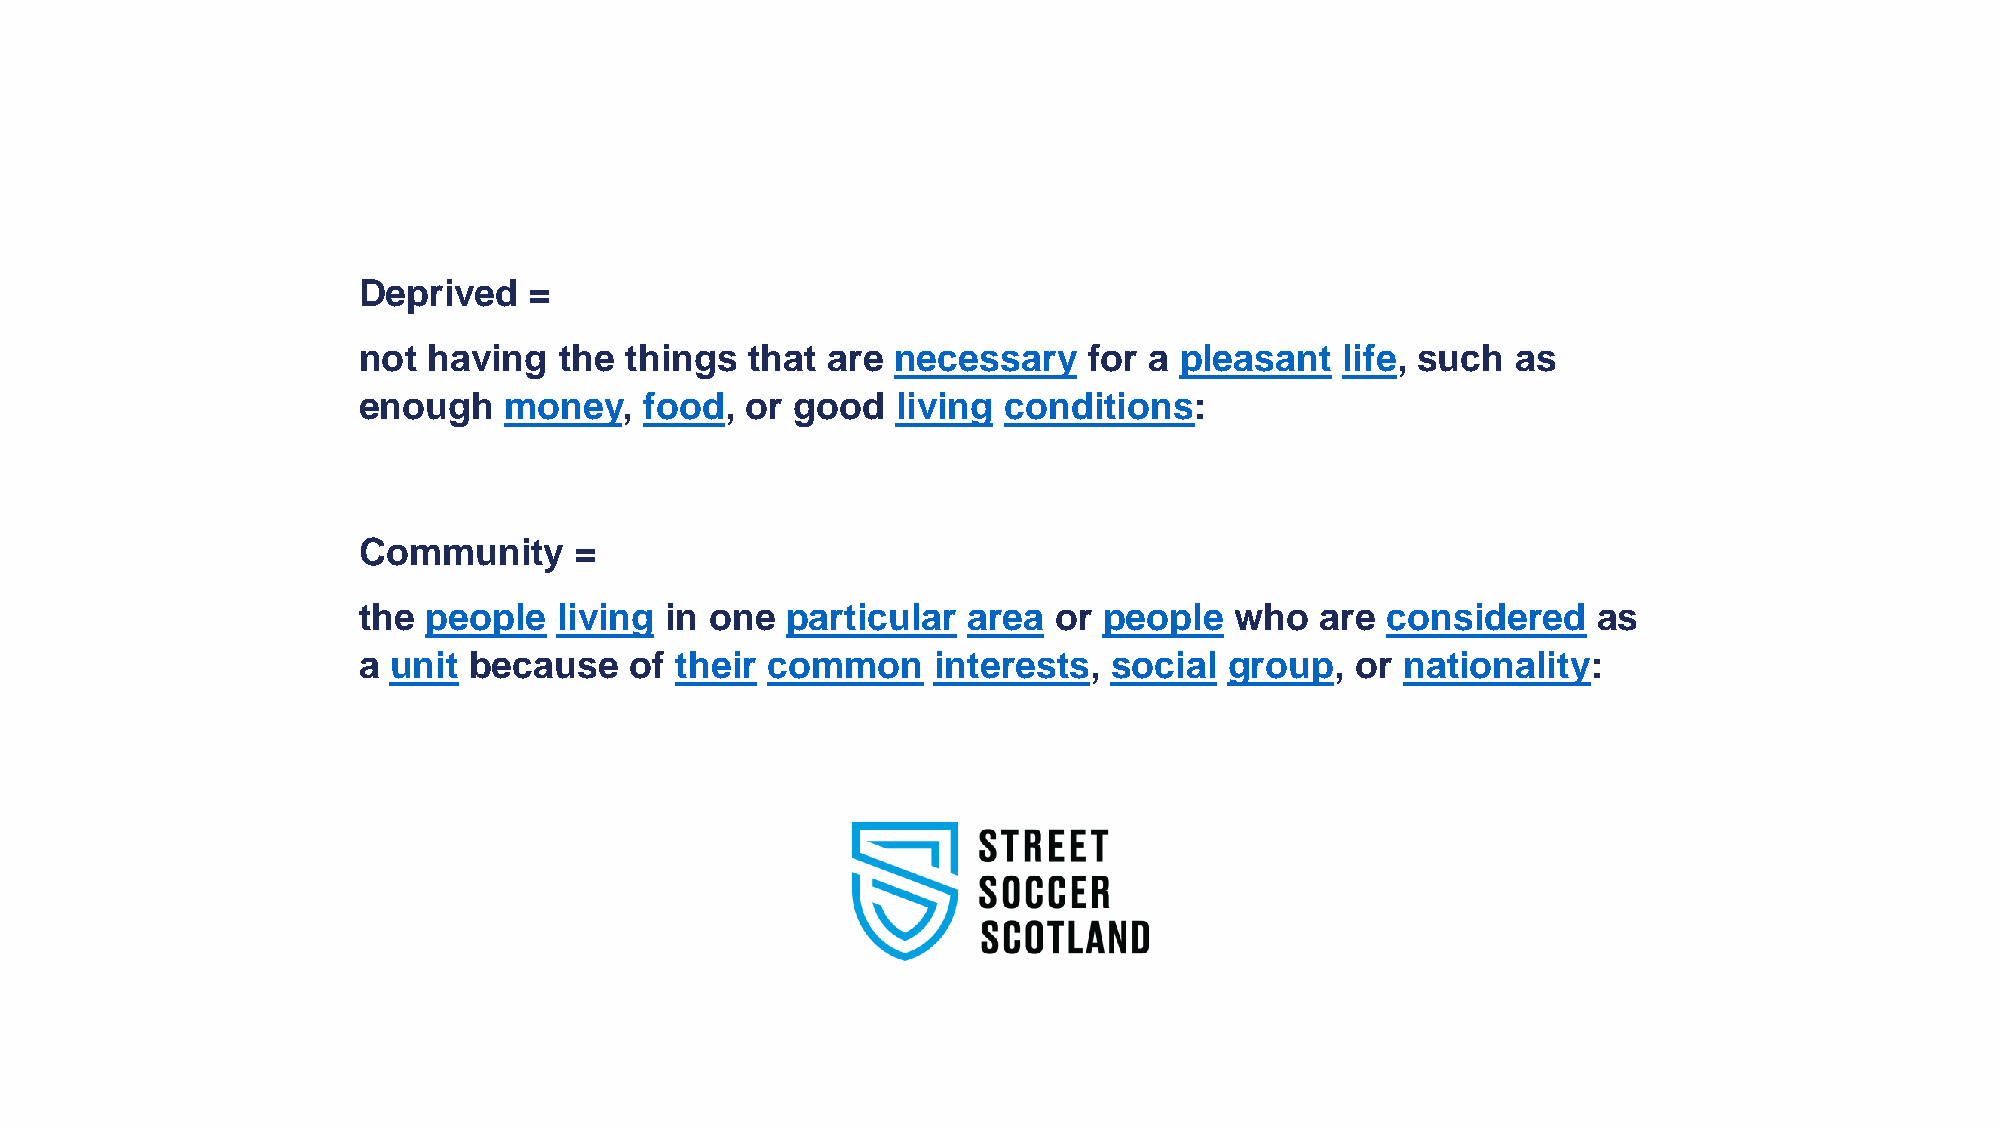
Deprived   =
 not having   the things   that are necessary    for a pleasant   life, such as
 enough   money,    food, or  good  living conditions:
 Community     =
 the people   living in one  particular  area  or people   who  are  considered    as
 a unit because    of their common     interests,  social group,   or nationality: